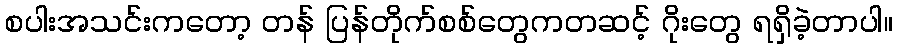
စပါးအသင်းကတော့ တန် ပြန်တိုက်စစ်တွေကတဆင့် ဂိုးတွေ ရရှိခဲ့တာပါ။